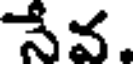
నేవ.